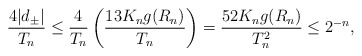
\begin{align*}\frac{4|d_{\pm}|}{T_n} \leq \frac{4}{T_n} \left(\frac{13 K_n g(R_n)}{T_n}\right) = \frac{52K_n g(R_n)}{T_n^2} \leq 2^{-n},\end{align*}